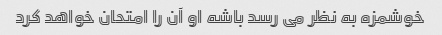
خوشمزه به نظر می رسد باشه او آن را امتحان خواهد کرد